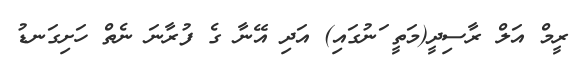
ރީމް އަލް ރާސިދީ(މަތީ ަނުގައި) އަދި އޭނާ ގެ ފުރާނަ ނެތް ހަށިގަނޑު